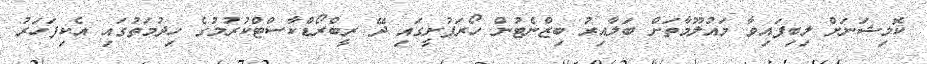
ކޮމިޝަނަށް ލިބިފައިވާ މައުލޫމާތަށްް ބަލާއިރު ބިޒްނެޓުން ހޯރަފުށީގައި ދޭ ރީބްރޯޑްކާސްޓްކުރުމުގެ ހިދުމަތުގައި އެކިފަހަރު